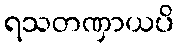
ရသတဏှာယပိ